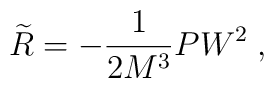
\widetilde{R}=-\frac 1{2M^3}PW^2\;,